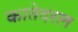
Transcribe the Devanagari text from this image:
कातेदरल